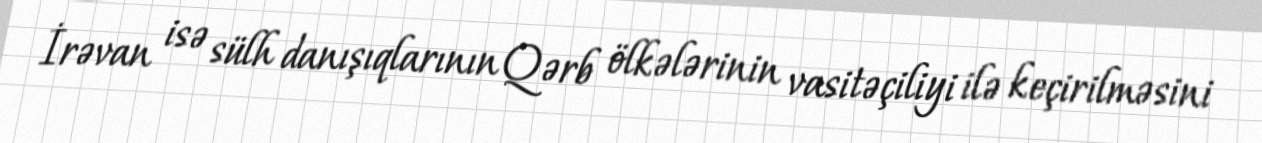
İrəvan isə sülh danışıqlarının Qərb ölkələrinin vasitəçiliyi ilə keçirilməsini